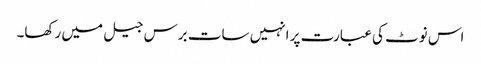
اس نوٹ کی عبارت پر انہیں سات برس جیل میں رکھا۔